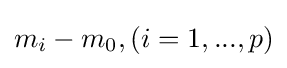
m_{i}-m_{0},(i=1,...,p)